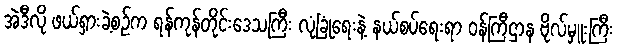
အဲဒီလို ဖယ်ရှားခဲ့စဉ်က ရန်ကုန်တိုင်းဒေသကြီး လုံခြုံရေးနဲ့ နယ်စပ်ရေးရာ ဝန်ကြီဌာန ဗိုလ်မှူးကြီး